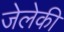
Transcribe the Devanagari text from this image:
जेलेकी